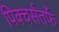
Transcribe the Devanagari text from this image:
पिक्चर्सतर्फे